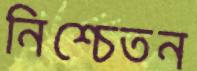
নিশ্চেতন